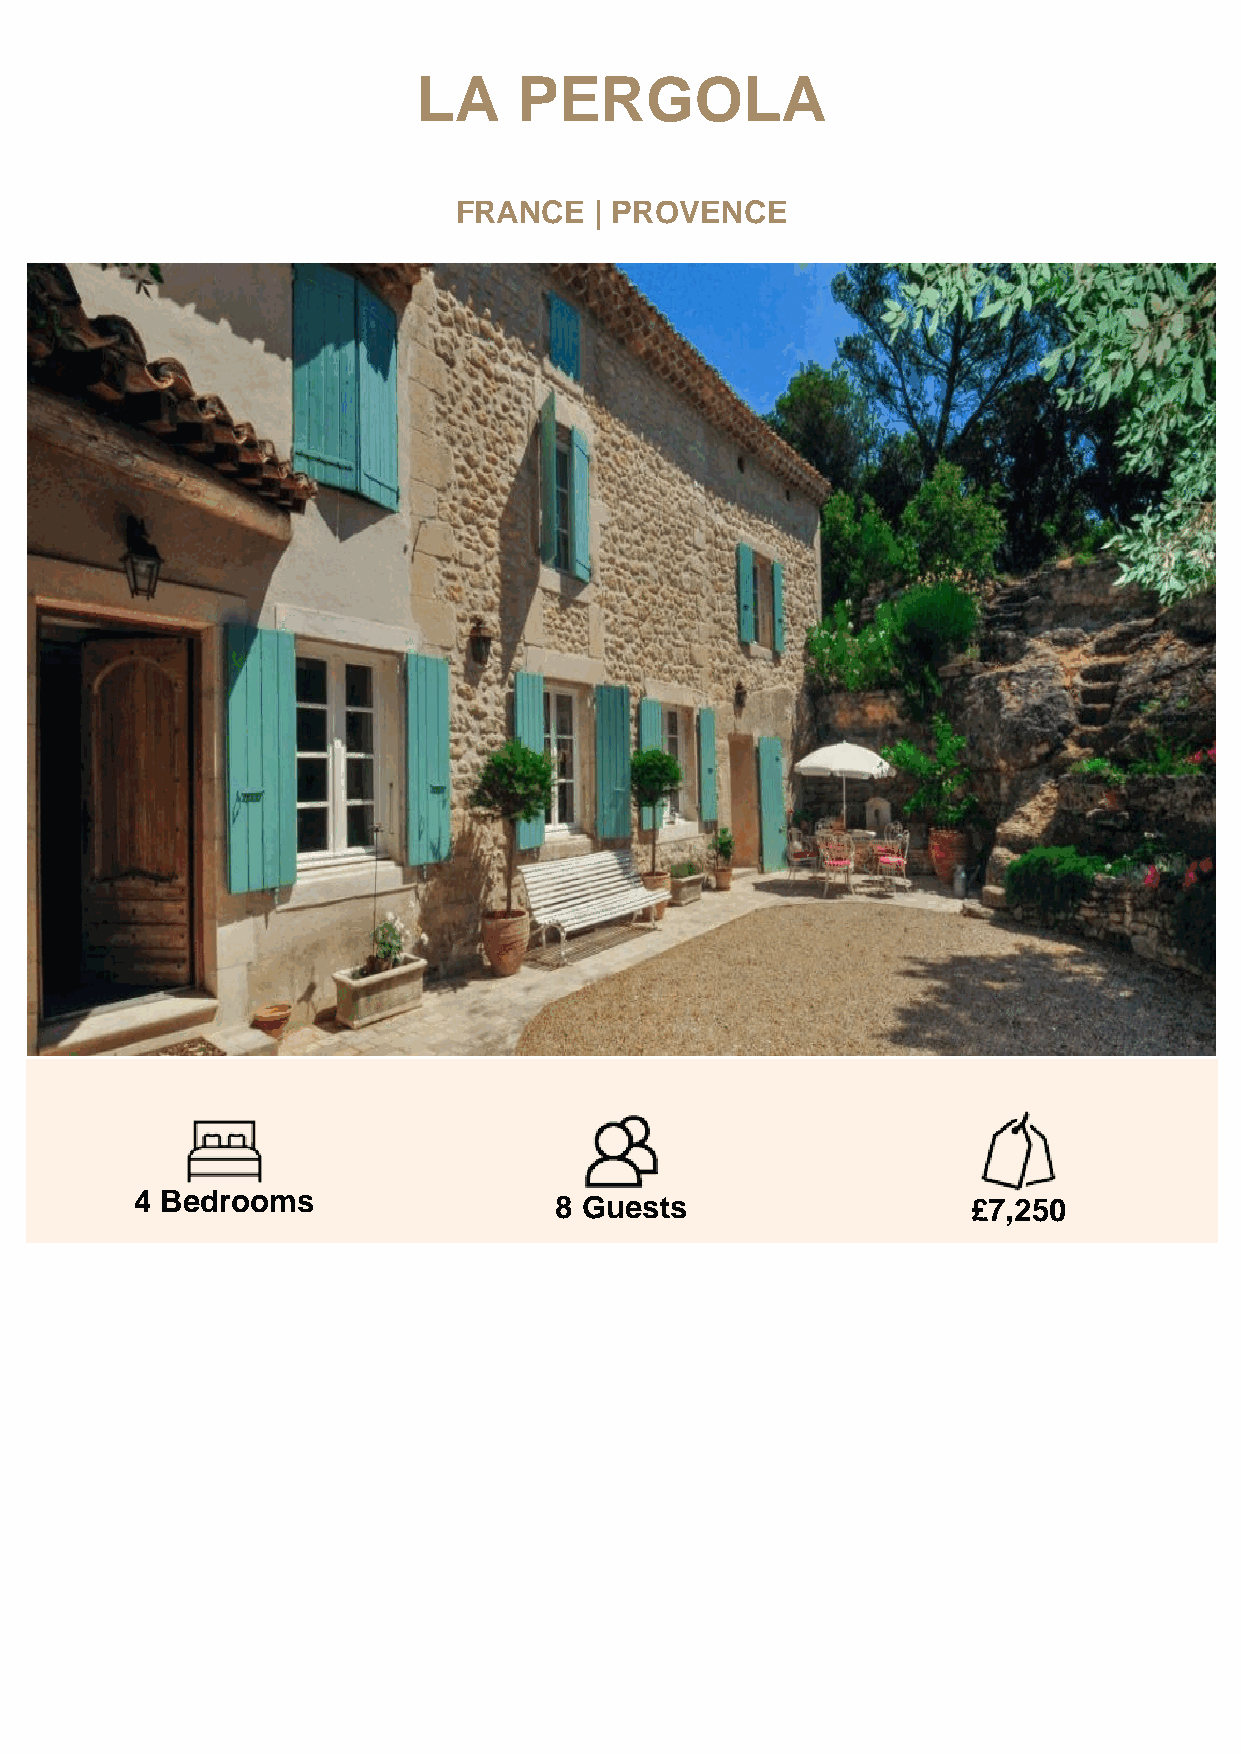
LA    PERGOLA
 FRANCE   | PROVENCE
 4 Bedrooms                  8 Guests                   £7,250